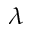
_ \lambda